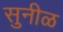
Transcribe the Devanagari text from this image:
सुनीळ